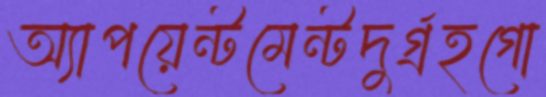
অ্যাপয়েন্টমেন্টদুর্গ্রহগো